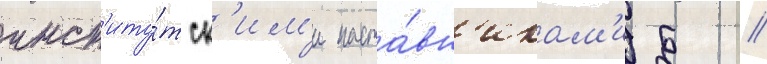
инст'иту́тск'им'и наста́вн'икам'и б //